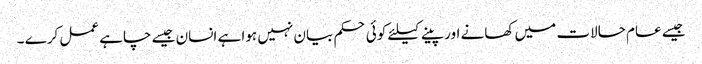
جیسے عام حالات میں کھانے اور پینے کیلئے کوئی حکم بیان نہیں ہوا ہے انسان جیسے چاہے عمل کرے ۔